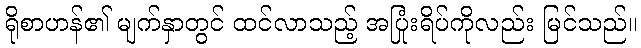
ရိုစာဟန်၏ မျက်နှာတွင် ထင်လာသည့် အပြုံးရိပ်ကိုလည်း မြင်သည်။